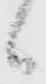
候